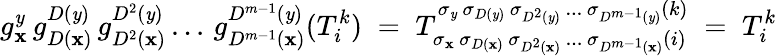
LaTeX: g_{\mathbf{x}}^{\mathit{y}}\, g_{D(\mathbf{x})}^{D(\mathit{y})}\, g_{D^{2}(\mathbf{x})}^{D^{2}(\mathit{y})}\, ...\, g_{D^{m-1}(\mathbf{x})}^{D^{m-1}(\mathit{y})}(T_{i}^{k})\; =\; T_{\sigma_{\mathbf{x}}\, \sigma_{D(\mathbf{x})}\, \sigma_{D^{2}(\mathbf{x})}\, ...\, \sigma_{D^{m-1}(\mathbf{x})}(i)}^{\sigma_{\mathit{y}}\, \sigma_{D(\mathit{y})}\, \sigma_{D^{2}(\mathit{y})}\, ...\, \sigma_{D^{m-1}(\mathit{y})}(k)}\; =\; T_{i}^{k}